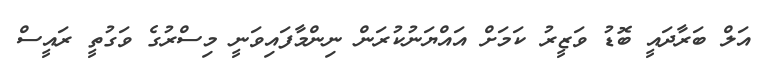
އަލް ބަރާދައީ ބޮޑު ވަޒީރު ކަމަށް އައްޔަނުކުރަން ނިންމާފައިވަނީ މިސްރުގެ ވަގުތީ ރައީސް